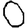
Digit: 0